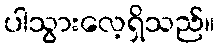
ပါသွားလေ့ရှိသည်။